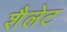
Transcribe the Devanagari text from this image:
शैलेट